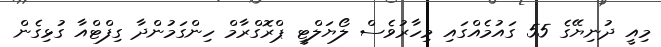
މިއީ ދުނިޔޭގެ 55 ގައުމެއްގައި މިހާރުވެސް ލޯޔަލްޓީ ޕްރޮގްރާމް ހިންގަމުންދާ ގިފްޓްއާ ގުޅިގެން